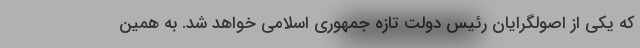
که یکی از اصولگرایان رئیس دولت تازه جمهوری اسلامی خواهد شد. به همین